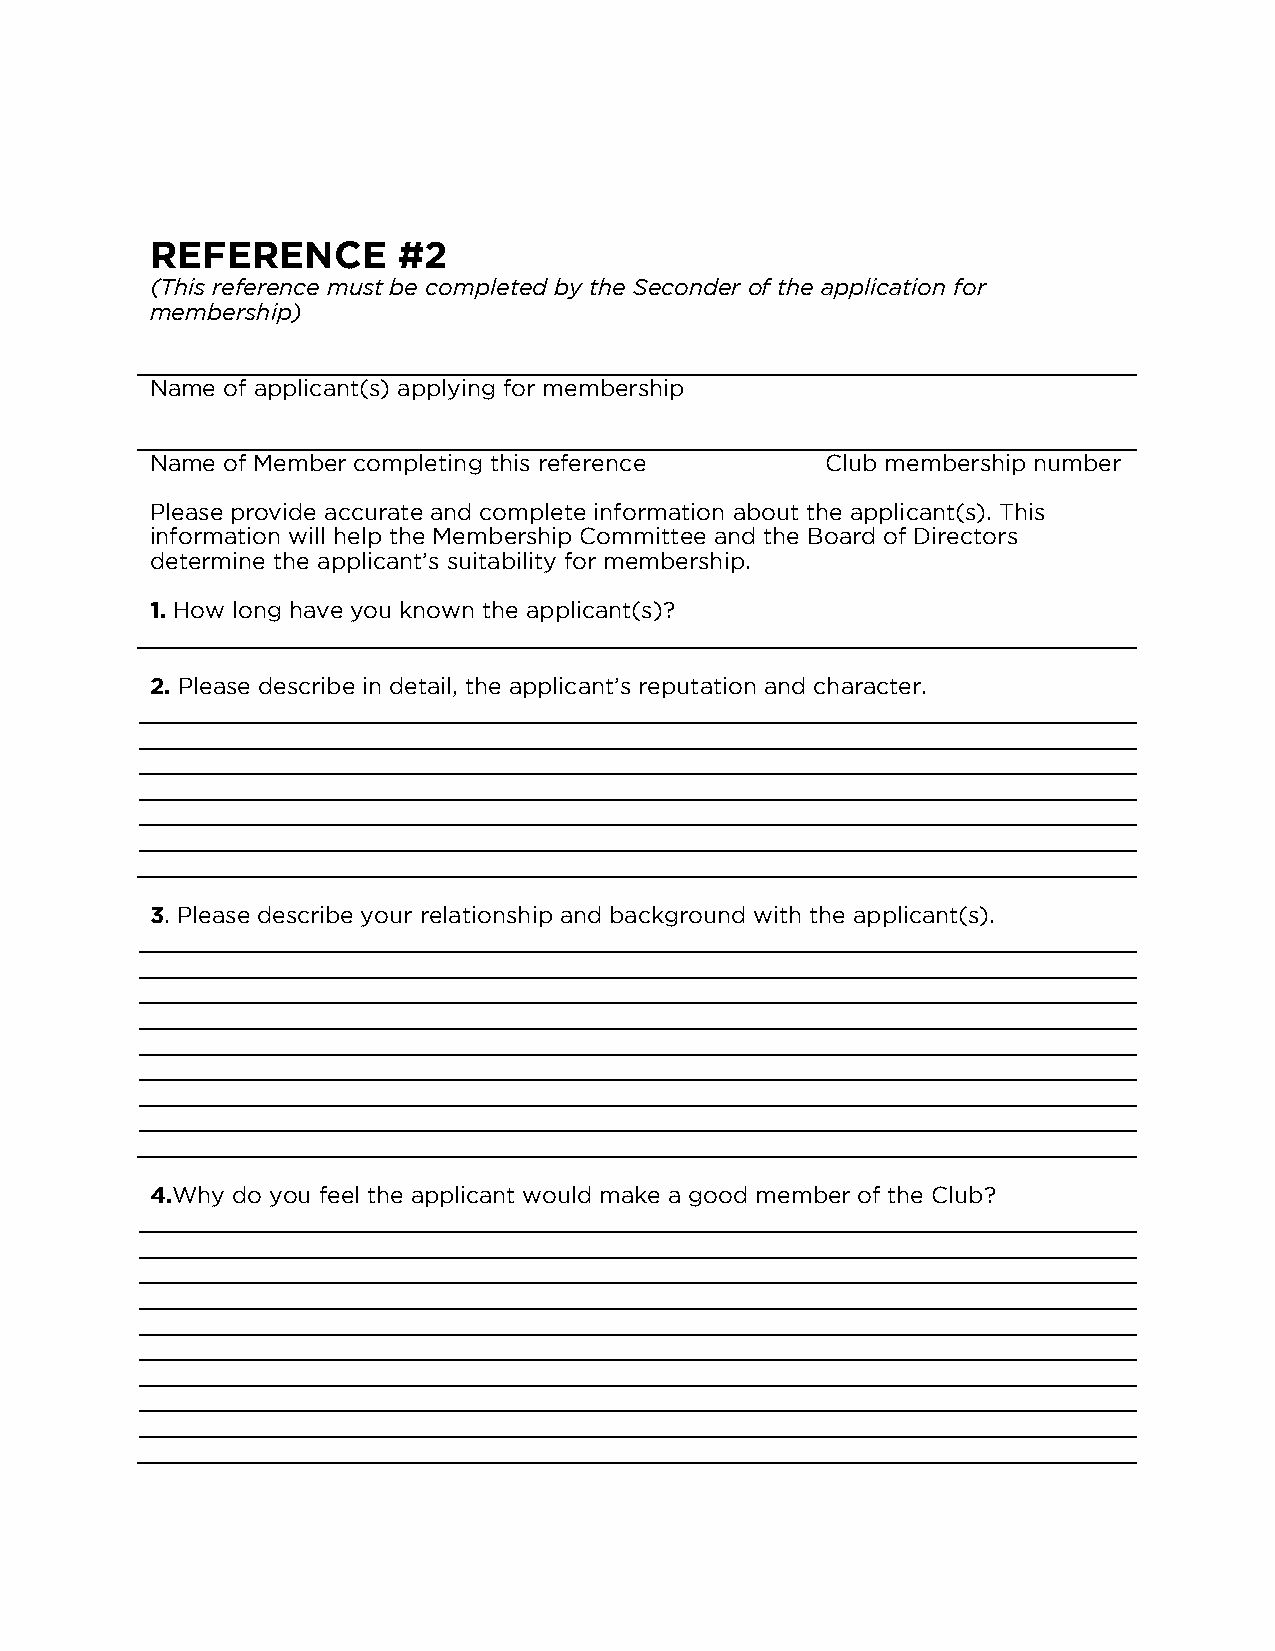
REFERENCE       #2
 (This reference must be completed by the Seconder of the application for
 membership)
 Name of applicant(s) applying for membership
 Name of Member completing this reference     Club membership number
 Please provide accurate and complete information about the applicant(s). This
 information will help the Membership Committee and the Board of Directors
 determine the applicant’s suitability for membership.
 1. How long have you known the applicant(s)?
 2. Please describe in detail, the applicant’s reputation and character.
 3. Please describe your relationship and background with the applicant(s).
 4.Why do you feel the applicant would make a good member of the Club?